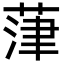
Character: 葏